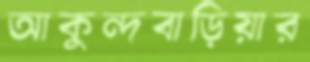
আকুন্দবাড়িয়ার